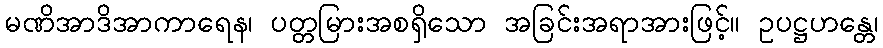
မဏိအာဒိအာကာရေန၊ ပတ္တမြားအစရှိသော အခြင်းအရာအားဖြင့်။ ဥပဋ္ဌဟန္တေ၊